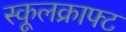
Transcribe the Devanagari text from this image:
स्कूलक्राफ्ट